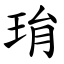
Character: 㻆